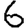
Digit: 6